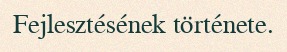
Fejlesztésének története.